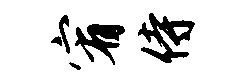
宥侍